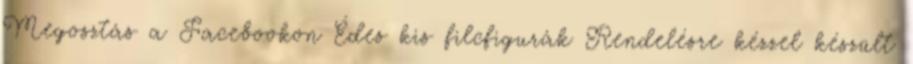
Megosztás a Facebookon Édes kis filcfigurák Rendelésre kézzel készült